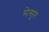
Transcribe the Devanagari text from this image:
मेसूर